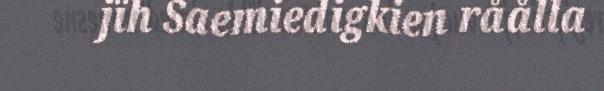
jïh Saemiedigkien råålla